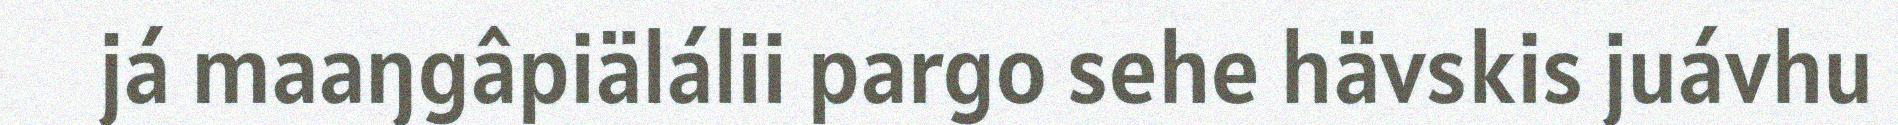
já maaŋgâpiälálii pargo sehe hävskis juávhu